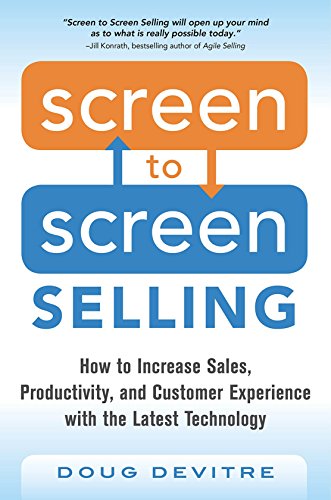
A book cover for Screen to Screen Selling: How to Increase Sales, Productivity, and Customer Experience with the Latest Technology; Doug Devitre; Business & Money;